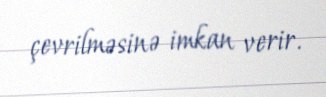
çevrilməsinə imkan verir.